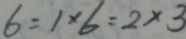
6 = 1 \times 6 = 2 \times 3